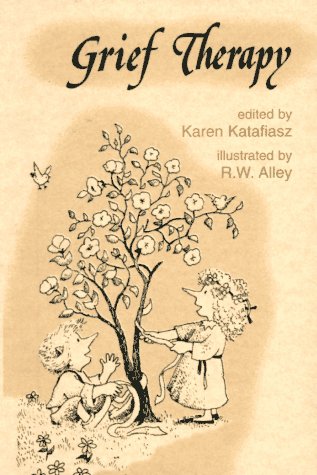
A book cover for Grief Therapy (Elf Self Help); Karen Katafiasz; Self-Help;